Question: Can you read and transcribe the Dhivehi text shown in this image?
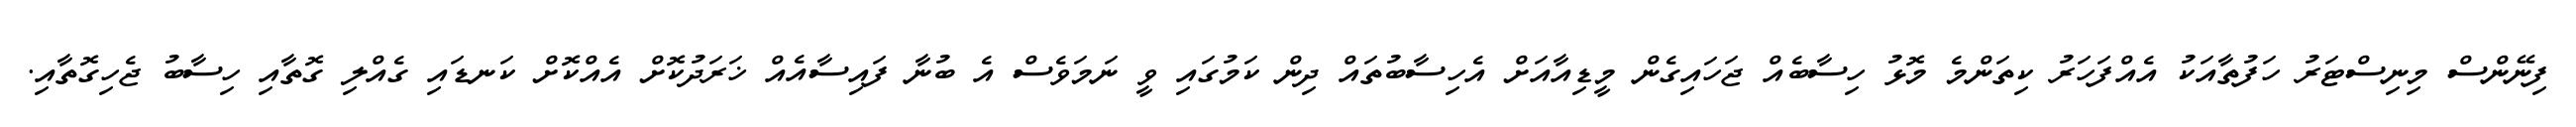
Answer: ފިނޭންސް މިނިސްޓަރު ހަފުތާއަކު އެއްފަހަރު ކިތަންމެ މޮޅު ހިސާބެއް ޖަހައިގެން މީޑިއާއަށް އެހިސާބުތައް ދިން ކަމުގައި ވީ ނަމަވެސް އެ ބުނާ ފައިސާއެއް ޚަރަދުކޮށް އެއްކޮށް ކަނޑައި ގެއްލި ގޮތާއި ހިސާބު ޖެހިގޮތާއި.